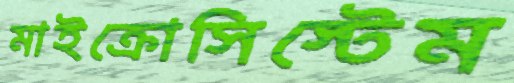
মাইক্রোসিস্টেম